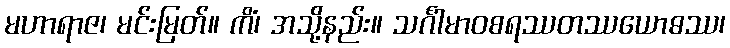
မဟာရာဇ၊ မင်းမြတ်။ ကိံ၊ အသို့နည်း။ သင်္ဂါမာဝစရဿတဿယောဓဿ၊